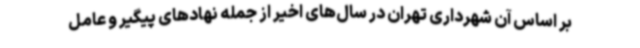
بر اساس آن شهرداری تهران در سال‌های اخیر از جمله نهادهای پیگیر و عامل